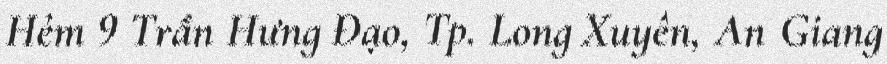
Hẻm 9 Trần Hưng Đạo, Tp. Long Xuyên, An Giang